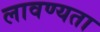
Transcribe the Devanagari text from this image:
लावण्‍यता